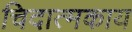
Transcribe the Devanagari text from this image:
चिदात्मकाय